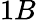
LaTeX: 1B